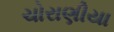
ચોરાણીયા